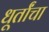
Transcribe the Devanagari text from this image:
धूर्तांचा